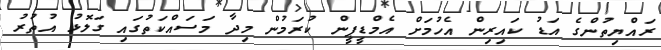
ރައްޔިތުންގެ އަޑު ކައިރިން އެހުމަށް އެމްޑީޕީން ކުރަމުން މިދާ މަސައްކަތުގައި ގަލޮޅު އުތުރު